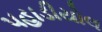
પહાડીયોલ